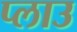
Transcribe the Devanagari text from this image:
प्लाउ